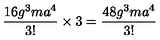
\frac { 1 6 g ^ { 3 } m a ^ { 4 } } { 3 ! } \times 3 = \frac { 4 8 g ^ { 3 } m a ^ { 4 } } { 3 ! }